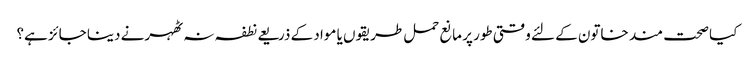
کیا صحت مند خاتون کے لئے وقتی طور پر مانع حمل طریقوں یا مواد کے ذریعے نطفہ نہ ٹھہرنے دینا جائز ہے؟